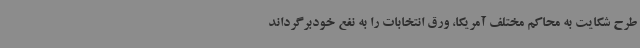
طرح شکایت به محاکم مختلف آمریکا، ورق انتخابات را به نفع خودبرگرداند